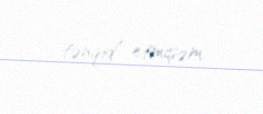
tənqid etmişəm.